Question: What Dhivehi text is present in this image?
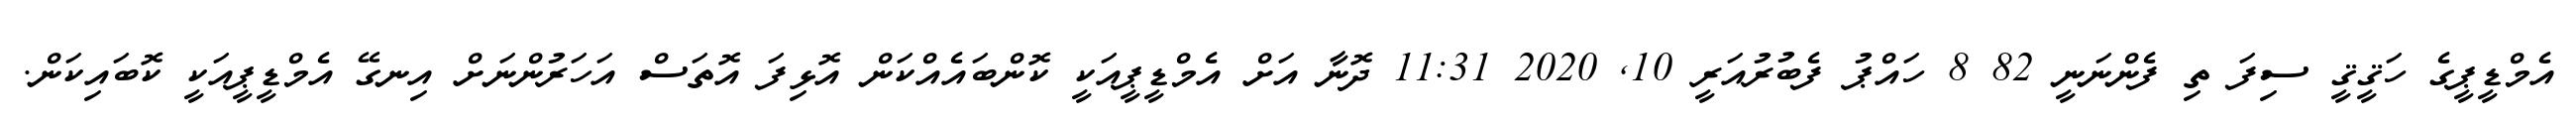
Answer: އެމްޑީޕީގެ ހަޤީޤީ ސިފަ ތި ފެންނަނީ 82 8 ހައްޕު ފެބުރުއަރީ 10, 2020 11:31 ދޮނާ އަށް އެމްޑީޕީއަކީ ކޮންބައެއްކަން އޮޅިފަ އޮތަސް އަހަރުންނަށް އިނގޭ އެމްޑީޕީއަކީ ކޮބައިކަން.